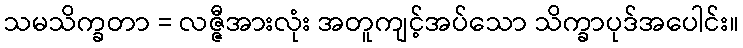
သမသိက္ခတာ = လဇ္ဇီအားလုံး အတူကျင့်အပ်သော သိက္ခာပုဒ်အပေါင်း။